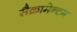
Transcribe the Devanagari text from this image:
सैक्रामेन्टम